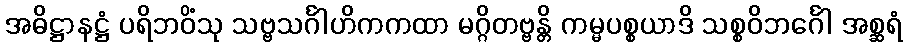
အဓိဋ္ဌာနဋ္ဌံ ပရိဘဝိံသု သဗ္ဗသင်္ဂါဟိကကထာ မဂ္ဂိတဗ္ဗန္တိ ကမ္မပစ္စယာဒိ သစ္စဝိဘင်္ဂေါ အစ္ဆရံ